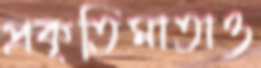
প্রকৃতিমাতাও